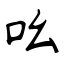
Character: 吆